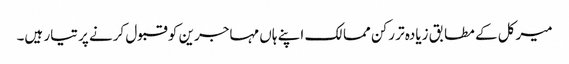
میرکل کے مطابق زیادہ تر رکن ممالک اپنے ہاں مہاجرین کو قبول کرنے پر تیار ہیں۔